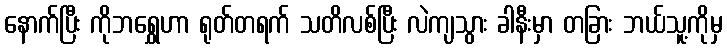
နောက်ပြီး ကိုဘရွှေဟာ ရုတ်တရက် သတိလစ်ပြီး လဲကျသွား ခါနီးမှာ တခြား ဘယ်သူ့ကိုမှ